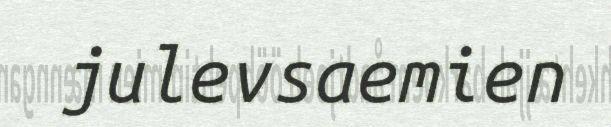
julevsaemien